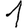
Digit: 1